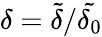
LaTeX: \delta=\tilde{\delta}/\tilde{\delta_{0}}